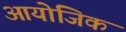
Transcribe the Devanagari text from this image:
आयोजिक